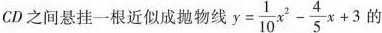
CD之间悬挂一根近似成抛物线 $$y= \frac { 1 } { 1 0 } x ^ { 2 } - \frac { 4 } { 5 } x + 3$$